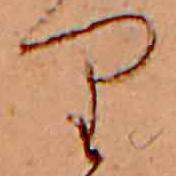
り